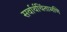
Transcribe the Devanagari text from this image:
सर्वार्थचिंतामणि